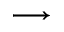
\longrightarrow